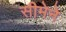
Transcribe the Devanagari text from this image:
सीमेने